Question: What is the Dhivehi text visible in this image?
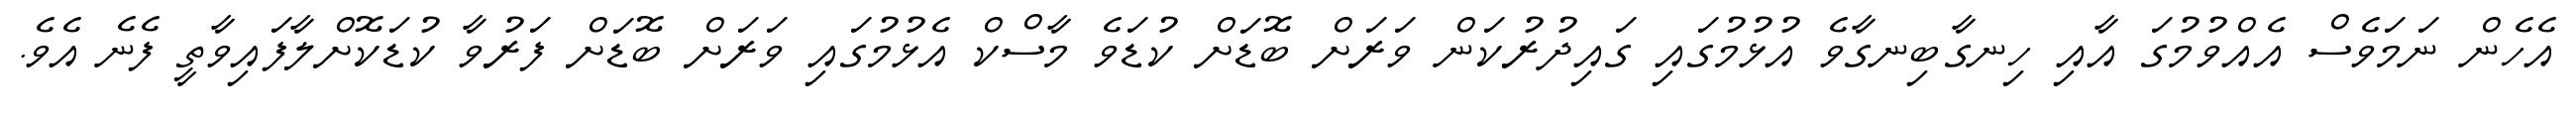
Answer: އެހެން ނަމަވެސް އެއްވުމުގަ އާއި ހިނގާބިނގާވެ އުޅުމުގައި ގައިދުރުކަން ވަރަށް ބޮޑަށް ކުޑަވެ މާސްކް އެޅުމުގައި ވަރަށް ބޮޑަށް ފަރުވާ ކުޑަކޮށްލާފައިވާތީ ފެނެ އެވެ.